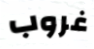
غروب